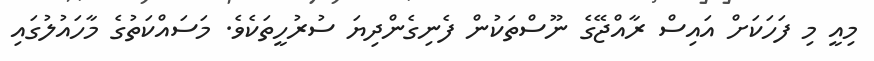
މިއީ މި ފަހަކަށް އައިސް ރާއްޖޭގެ ނޫސްތަކުން ފެނިގެންދިޔަ ސުރުހީތަކެވެ. މަސައްކަތުގެ މާހައުލުގައި